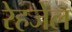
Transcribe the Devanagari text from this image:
रेहजेल